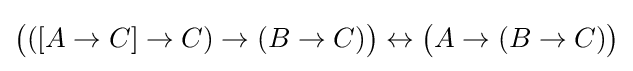
{\big (}([A\to C]\to C)\to (B\to C){\big )}\leftrightarrow {\big (}A\to (B\to C){\big )}